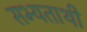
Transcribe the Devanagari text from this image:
सभ्यताथी